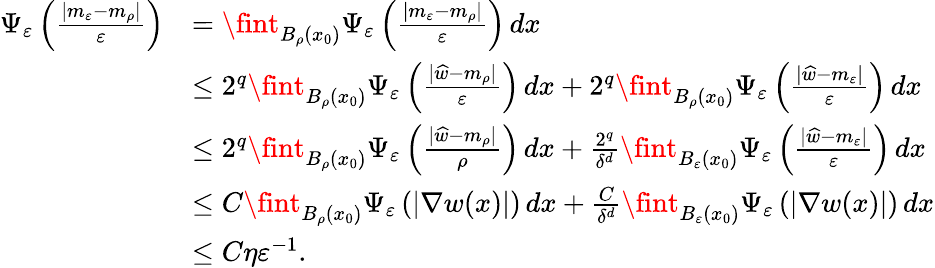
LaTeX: \begin{array}{rl}{\Psi_{\varepsilon}\left(\frac{|m_{\varepsilon}-m_{\rho}|}{\varepsilon}\right)}&{=\fint_{B_{\rho}(x_{0})}\Psi_{\varepsilon}\left(\frac{|m_{\varepsilon}-m_{\rho}|}{\varepsilon}\right)\, dx}\\ &{\leq 2^{q}\fint_{B_{\rho}(x_{0})}\Psi_{\varepsilon}\left(\frac{|\widehat{w}-m_{\rho}|}{\varepsilon}\right)\, dx+2^{q}\fint_{B_{\rho}(x_{0})}\Psi_{\varepsilon}\left(\frac{|\widehat{w}-m_{\varepsilon}|}{\varepsilon}\right)\, dx}\\ &{\leq 2^{q}\fint_{B_{\rho}(x_{0})}\Psi_{\varepsilon}\left(\frac{|\widehat{w}-m_{\rho}|}{\rho}\right)\, dx+\frac{2^{q}}{\delta^{d}}\fint_{B_{\varepsilon}(x_{0})}\Psi_{\varepsilon}\left(\frac{|\widehat{w}-m_{\varepsilon}|}{\varepsilon}\right)\, dx}\\ &{\leq C\fint_{B_{\rho}(x_{0})}\Psi_{\varepsilon}\left(|\nabla w(x)|\right)\, dx+\frac{C}{\delta^{d}}\fint_{B_{\varepsilon}(x_{0})}\Psi_{\varepsilon}\left(|\nabla w(x)|\right)\, dx}\\ &{\leq C\eta\varepsilon^{-1}.}\end{array}